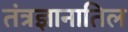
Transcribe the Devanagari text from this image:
तंत्रज्ञानातिल